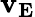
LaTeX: \mathbf{v_{E}}